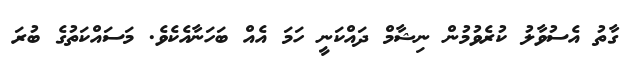
ގާތު އެސުވާލު ކުރެވުމުން ނިޝާމް ދައްކަނީ ހަމަ އެއް ބަހަނާއެކެވެ. މަސައްކަތުގެ ބުރަ